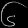
Digit: ၆